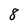
Character: 8